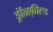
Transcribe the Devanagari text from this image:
ड्रॉनफ़ील्ड